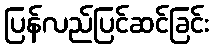
ပြန်လည်ပြင်ဆင်ခြင်း